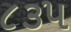
૮૩૫